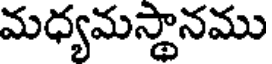
మధ్యమస్థానము